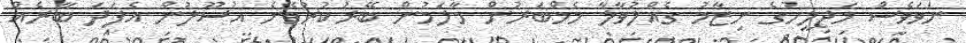
ނަވަވެސް މަޖިލީހުގެ ނިޒާމު ގެއްލުވާލާ މެމްބަރުން މާލަމުން ބޭރުކުރުވޭނެ އުސޫލުން އެފަދަ ބާރެއް